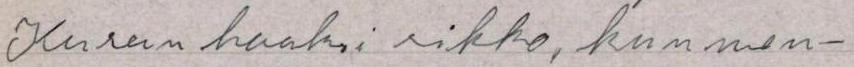
Kurun haaksirikko, kun men-